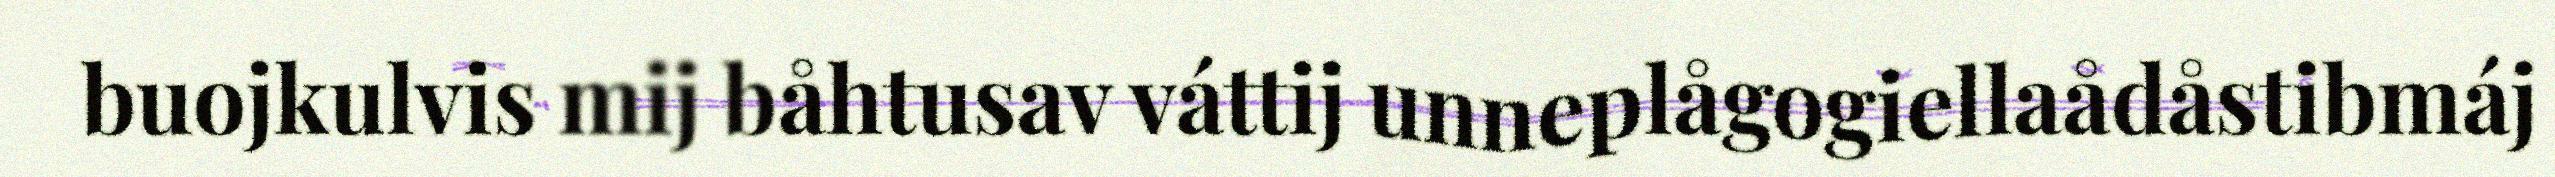
buojkulvis mij båhtusav váttij unneplågogiellaådåstibmáj